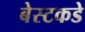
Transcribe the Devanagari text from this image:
बेस्टकडे